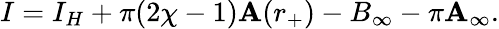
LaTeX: I=I_{H}+\pi(2\chi-1)\mathbf{A}(r_{+})-B_{\infty}-\pi\mathbf{A}_{\infty}.